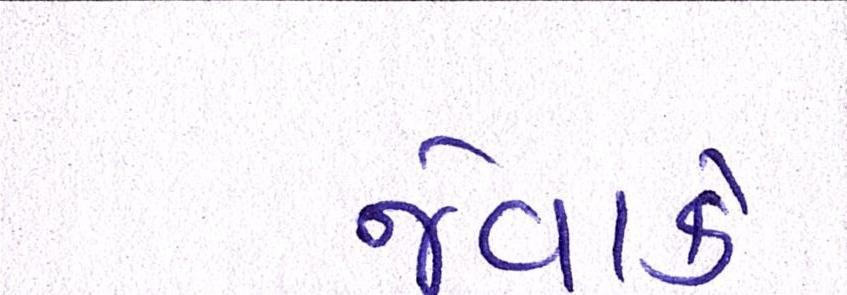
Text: જેવાકે